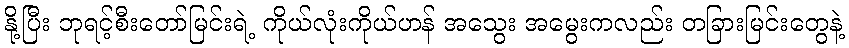
နို့ပြီး ဘုရင့်စီးတော်မြင်းရဲ့ ကိုယ်လုံးကိုယ်ဟန် အသွေး အမွေးကလည်း တခြားမြင်းတွေနဲ့